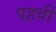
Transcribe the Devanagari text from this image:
पहवी